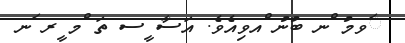
ަވމު ްނ ބުނު ްއވިއެވެ. އަސާ ީސ ތަ ްމ ީރ ަނ